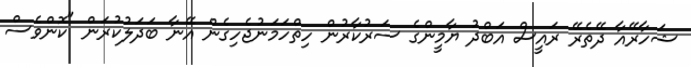
ޝަހާރޭއާ ދޭތެރޭ ރައީސް އަބްދު ޔާމީންގެ ސަރުކާރުން ހިތްހަމަނުޖެހިގެން އޭނާ ބަދަލުކުރަން "ކޮންވެސް